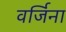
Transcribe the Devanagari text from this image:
वर्जिना